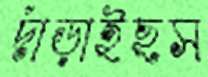
দাঁড়াইছস